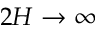
2 H \to \infty